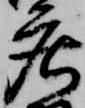
庄